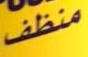
منظف